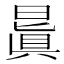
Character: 𣉮